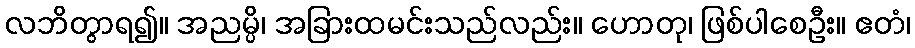
လဘိတွာရ၍။ အညမ္ပိ၊ အခြားထမင်းသည်လည်း။ ဟောတု၊ ဖြစ်ပါစေဦး။ ဧတံ၊